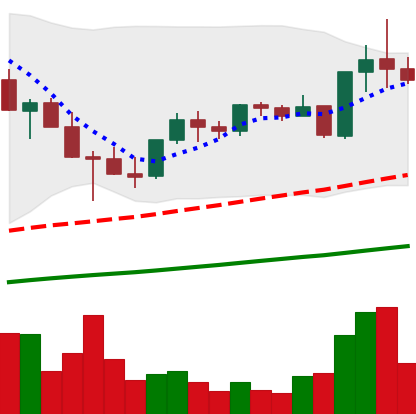
Ticker: TRX-USD
Chart end date: 2021-05-08
Forward return: -15.12%
Label: down_7plus